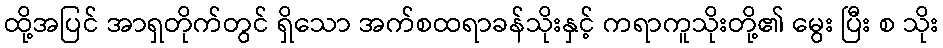
ထို့အပြင် အာရှတိုက်တွင် ရှိသော အက်စထရာခန်သိုးနှင့် ကရာကူသိုးတို့၏ မွေး ပြီး စ သိုး